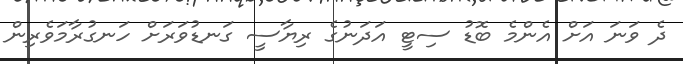
ދެ ވަނަ އަށް އެންމެ ބޮޑު ސިޓީ އަދަނުގެ ރިޔާސީ ގަނޑުވަރަށް ހަނގުރާމަވެރިން